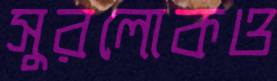
সুরলোকও